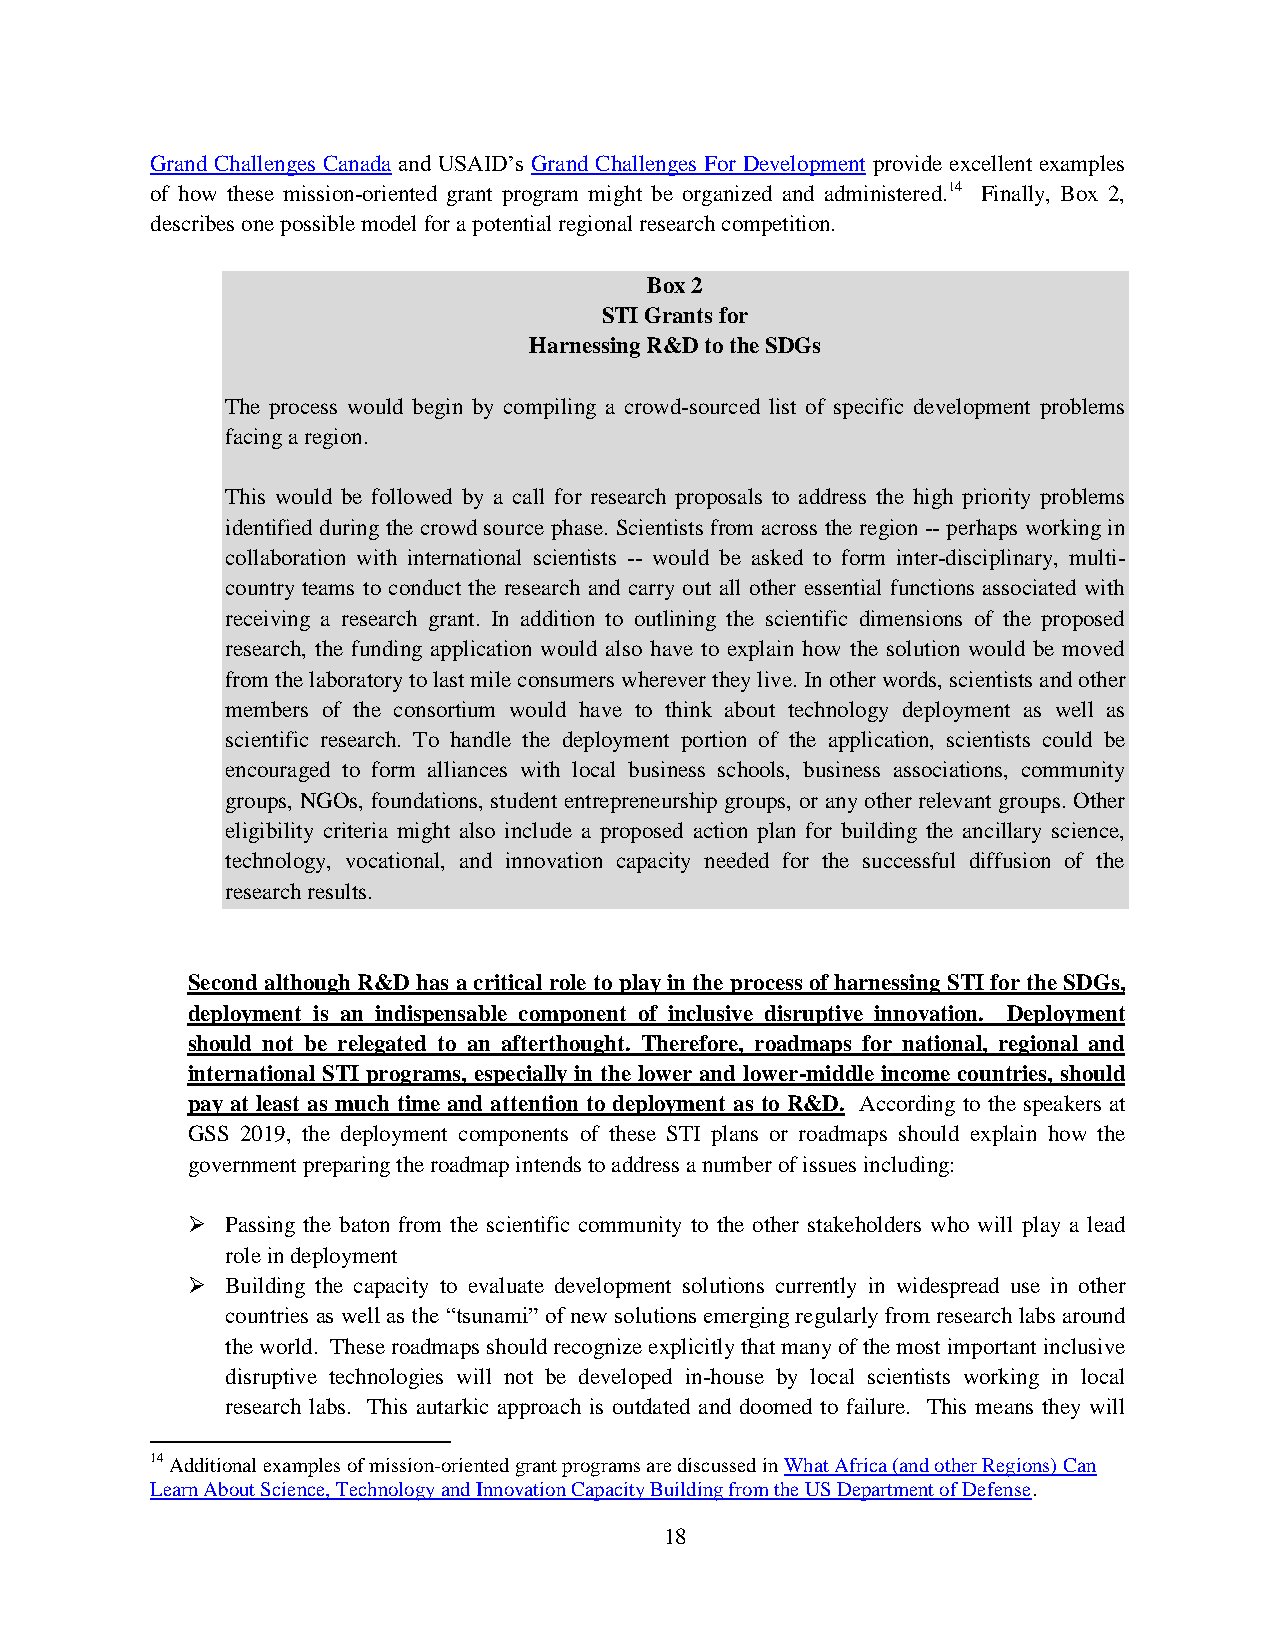
Grand Challenges Canada and USAID’s Grand Challenges For Development provide excellent examples
 of how these mission-oriented grant program might be organized and administered.14 Finally, Box 2,
 describes one possible model for a potential regional research competition.
 Box 2
 STI Grants for
 Harnessing R&D to the SDGs
 The process would begin by compiling a crowd-sourced list of specific development problems
 facing a region.
 This would be followed by a call for research proposals to address the high priority problems
 identified during the crowd source phase. Scientists from across the region -- perhaps working in
 collaboration with international scientists -- would be asked to form inter-disciplinary, multi-
 country teams to conduct the research and carry out all other essential functions associated with
 receiving a research grant. In addition to outlining the scientific dimensions of the proposed
 research, the funding application would also have to explain how the solution would be moved
 from the laboratory to last mile consumers wherever they live. In other words, scientists and other
 members of the consortium would have to think about technology deployment as well as
 scientific research. To handle the deployment portion of the application, scientists could be
 encouraged to form alliances with local business schools, business associations, community
 groups, NGOs, foundations, student entrepreneurship groups, or any other relevant groups. Other
 eligibility criteria might also include a proposed action plan for building the ancillary science,
 technology, vocational, and innovation capacity needed for the successful diffusion of the
 research results.
 Second although R&D has a critical role to play in the process of harnessing STI for the SDGs,
 deployment is an indispensable component of inclusive disruptive innovation. Deployment
 should not be relegated to an afterthought. Therefore, roadmaps for national, regional and
 international STI programs, especially in the lower and lower-middle income countries, should
 pay at least as much time and attention to deployment as to R&D. According to the speakers at
 GSS 2019, the deployment components of these STI plans or roadmaps should explain how the
 government preparing the roadmap intends to address a number of issues including:
   Passing the baton from the scientific community to the other stakeholders who will play a lead
 role in deployment
   Building the capacity to evaluate development solutions currently in widespread use in other
 countries as well as the “tsunami” of new solutions emerging regularly from research labs around
 the world. These roadmaps should recognize explicitly that many of the most important inclusive
 disruptive technologies will not be developed in-house by local scientists working in local
 research labs. This autarkic approach is outdated and doomed to failure. This means they will
 14 Additional examples of mission-oriented grant programs are discussed in What Africa (and other Regions) Can
 Learn About Science, Technology and Innovation Capacity Building from the US Department of Defense.
 18